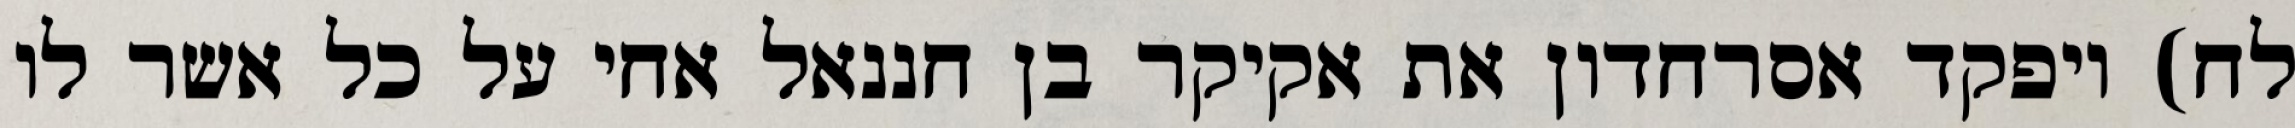
לח) ויפקד אסרחדון את אקיקר בן חננאל אחי על כל אשר לו